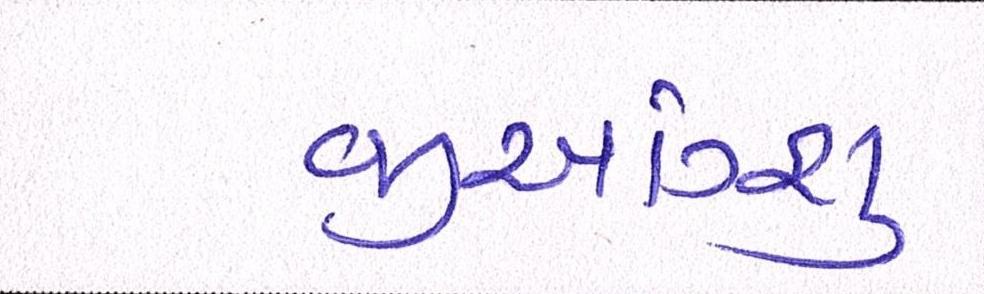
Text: જીઆંગ્શુ